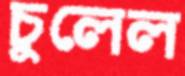
চুলেল